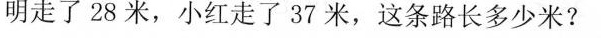
明走了28米，小红走了37米，这条路长多少米?